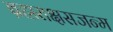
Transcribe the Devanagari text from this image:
ब्रह्मराक्षसजन्म